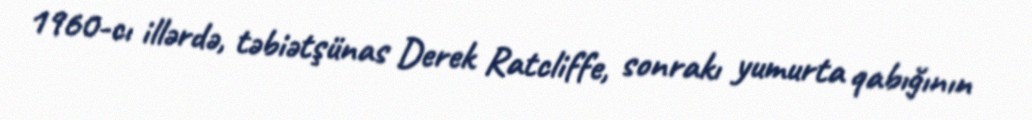
1960-cı illərdə, təbiətşünas Derek Ratcliffe, sonrakı yumurta qabığının